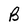
Character: B